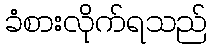
ခံစားလိုက်ရသည်